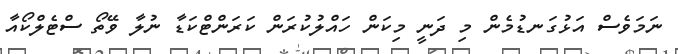
ނަމަވެސް އަޅުގަނޑުމެން މި ދަނީ މިކަން ހައްލުކުރަން ކަރަންޓްކަޑާ ނުލާ ވޭތޯ ސްޓެލްކޯއާ